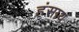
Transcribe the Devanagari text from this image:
हंसाय